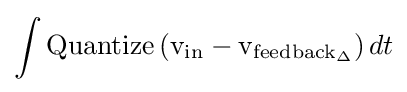
\int \operatorname {Quantize} \left({\text{v}}_{\text{in}}-{\text{v}}_{{\text{feedback}}_{\Delta }}\right)dt